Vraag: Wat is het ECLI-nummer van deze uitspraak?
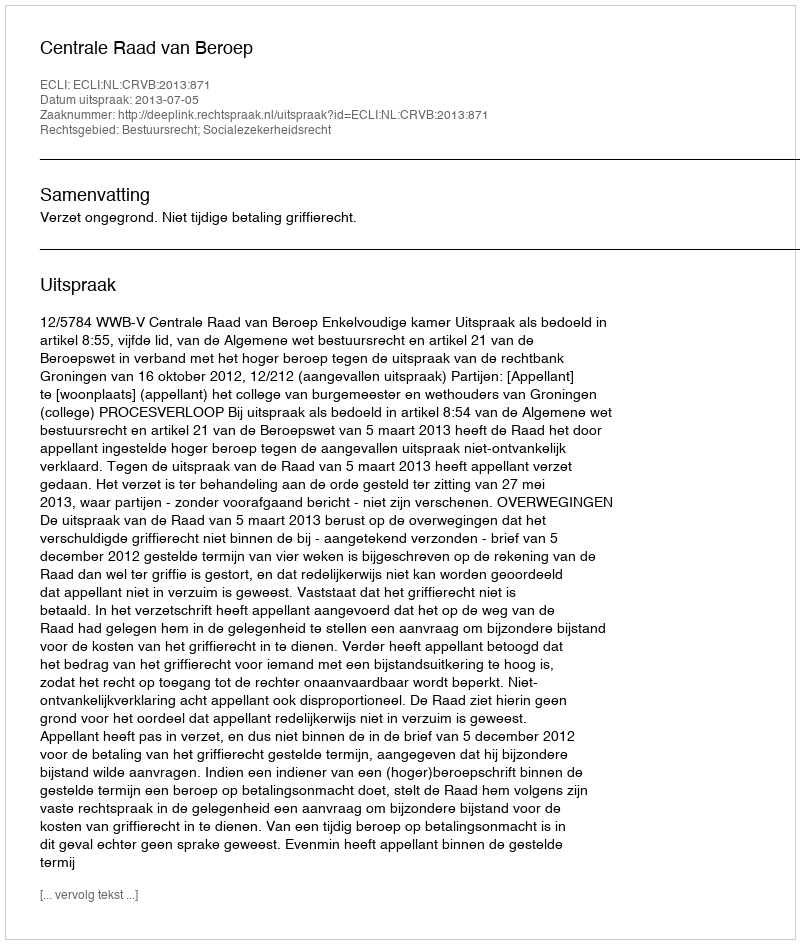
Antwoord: ECLI:NL:CRVB:2013:871